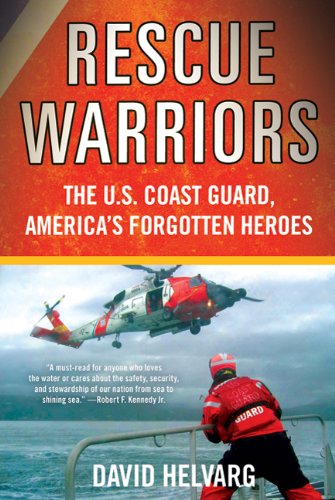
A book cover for Rescue Warriors: The U.S. Coast Guard, America's Forgotten Heroes; David Helvarg; Science & Math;